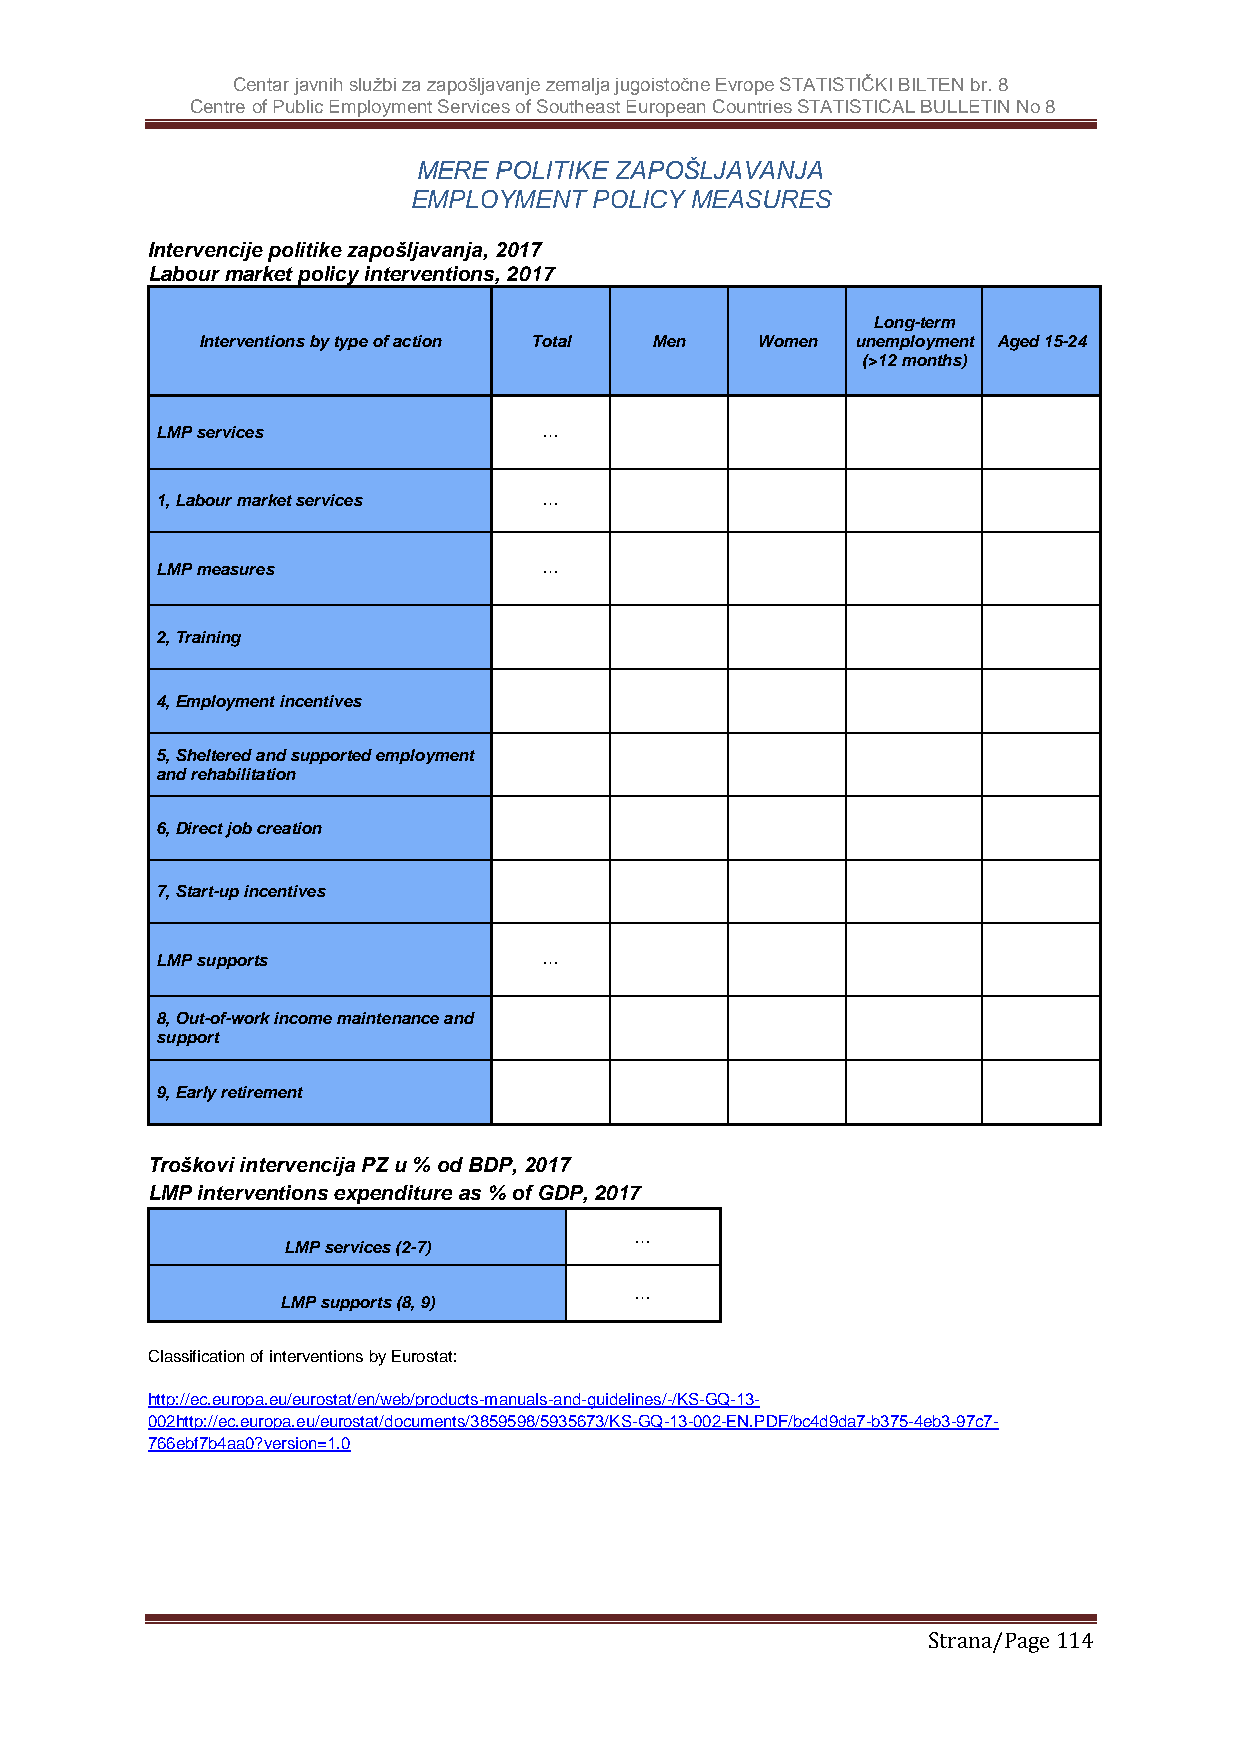
Centar javnih službi za zapošljavanje zemalja jugoistočne Evrope STATISTIČKI BILTEN br. 8
 Centre of Public Employment Services of Southeast European Countries STATISTICAL BULLETIN No 8
 MERE POLITIKE ZAPOŠLJAVANJA
 EMPLOYMENT  POLICY MEASURES
 Intervencije politike zapošljavanja, 2017
 Labour market policy interventions, 2017
 Long-term
 Interventions by type of action Total Men Women unemployment Aged 15-24
 (>12 months)
 LMP services              …
 1, Labour market services …
 LMP measures              …
 2, Training
 4, Employment incentives
 5, Sheltered and supported employment
 and rehabilitation
 6, Direct job creation
 7, Start-up incentives
 LMP supports              …
 8, Out-of-work income maintenance and
 support
 9, Early retirement
 Troškovi intervencija PZ u % od BDP, 2017
 LMP interventions expenditure as % of GDP, 2017
 …
 LMP services (2-7)
 …
 LMP supports (8, 9)
 Classification of interventions by Eurostat:
 http://ec.europa.eu/eurostat/en/web/products-manuals-and-guidelines/-/KS-GQ-13-
 002http://ec.europa.eu/eurostat/documents/3859598/5935673/KS-GQ-13-002-EN.PDF/bc4d9da7-b375-4eb3-97c7-
 766ebf7b4aa0?version=1.0
 Strana/Page 114